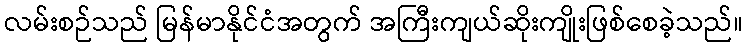
လမ်းစဉ်သည် မြန်မာနိုင်ငံအတွက် အကြီးကျယ်ဆိုးကျိုးဖြစ်စေခဲ့သည်။